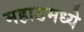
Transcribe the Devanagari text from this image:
महाडमध्ये